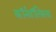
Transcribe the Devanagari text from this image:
कॉर्नवॉलिसचा